Annual administration report of the Civil Veterinary Department of India - 1898-1899
Year: 1898
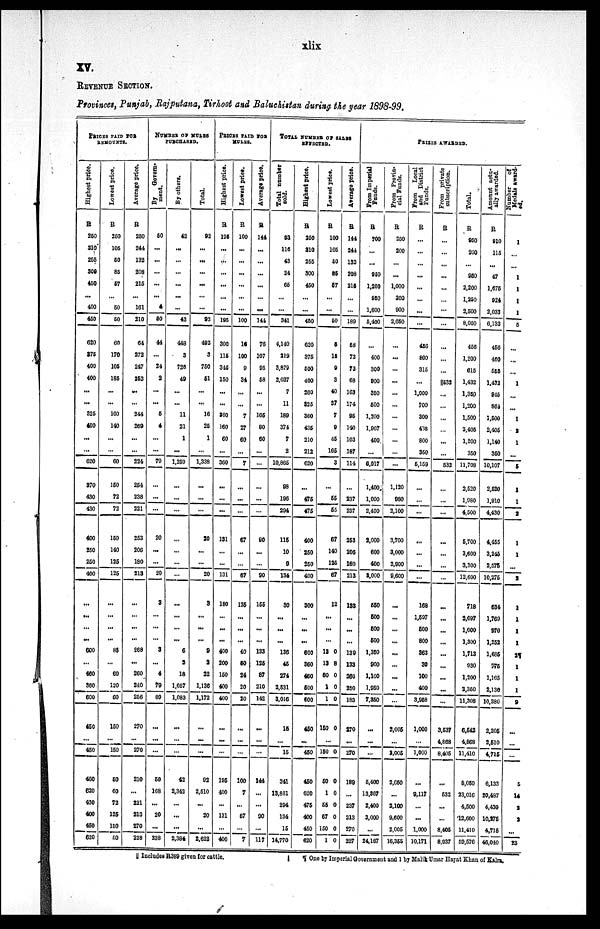
xlix
XV.
REVENUE SECTION.
Provinces, Punjab, Rajputana, Tirhoot and Baluchistan during the year 1898-99.
REMOUNTS.
Highest price.
R
250
310
255
300
450
...
400
450
620
375
400
400
...
...
325
400
...
...
620
370
430
430
400
250
250
400
...
...
...
...
600
...
460
360
600
450
...
450
450
620
430
400
450
620
Lowest price.
R
250
105
50
85
57
...
50
50
60
170
105
185
...
...
160
140
...
...
60
150
72
72
150
140
125
125
...
...
...
...
85
...
60
120
60
150
...
150
50
60
72
125
150
50
Average price.
R
250
244
132
208
215
...
161
210
64
272
247
252
....
...
244
269
...
...
224
254
238
221
253
206
180
213
...
...
...
...
268
...
260
240
256
270
...
270
210
...
221
213
270
228
NUMBER OF MULES
PURCHASED.
By
Govern-
ment.
50
...
...
...
...
...
0
50
44
...
24
2
...
...
5
4
...
...
79
...
...
...
20
...
...
20
3
...
...
...
3
...
4
78
89
...
...
...
50
168
...
20
...
238
By others.
42
...
...
...
...
...
...
42
448
3
726
49
...
...
11
21
1
...
1,259
...
...
...
...
...
...
...
...
...
...
...
6
2
18
1,057
1,083
...
...
...
42
2,342
...
...
...
2,384
Total.
92
...
...
...
...
...
...
92
492
3
750
51
...
...
16
25
1
...
1,338
...
...
...
20
...
...
20
3
...
...
...
9
2
22
1,136
1,172
...
...
...
92
2,510
...
20
...
2,622
PRICES PAID FOR
MULES.
Highest price.
R
195
...
...
...
...
...
...
195
300
115
345
150
...
...
360
160
60
...
360
...
...
...
131
...
...
131
180
...
...
...
400
200
150
400
400
...
...
...
195
400
...
131
...
400
Lowest price.
R
100
...
...
...
...
...
...
100
16
100
9
34
...
...
7
27
60
...
7
...
...
...
67
...
...
67
135
...
...
...
40
50
24
20
20
...
...
...
100
7
...
67
...
7
Average price.
R
144
...
...
...
...
...
...
144
76
107
95
58
...
...
105
80
60
...
...
...
...
...
90
...
...
90
155
...
...
...
133
125
87
210
142
...
...
...
144
...
...
90
...
117
TOTAL NUMBER OF SALES
EFFECTED.
Total number
sold.
93
116
43
24
65
...
...
341
4,140
219
3,879
2,037
7
11
189
374
7
2
10,865
98
196
294
115
10
9
134
30
...
...
...
136
45
274
2,531
3,016
15
...
15
341
13,881
294
134
15
14,770
Highest price.
R
250
310
255
300
450
...
...
450
620
375
500
400
260
325
360
435
210
212
620
...
475
475
400
250
250
400
300
...
...
...
600
360
460
500
600
450
...
450
450
620
475
400
450
620
Lowest price.
R
100
105
50
85
57
...
...
50
5
15
9
3
40
37
7
9
45
165
3
...
55
55
67
140
125
67
12
...
...
...
12 0
13 8
60 0
1 0
1 0
150 0
...
150 0
50 0
1 0
55 0
67 0
150 0
1
0
Average price.
R
144
244
132
208
215
...
...
189
58
73
73
68
163
174
95
140
103
187
114
...
237
237
253
206
180
213
133
...
...
...
139
133
260
250
183
270
...
270
189
...
237
213
270
227
PRIZES AWARDED.
From Imperial
Funds.
R
700
...
...
950
1,200
950
1,600
5,400
...
400
300
900
350
500
1,200
1,967
400
...
6,017
1,400
1,000
2,400
2,000
600
400
3,000
550
500
500
500
1,350
900
1,100
1,950
7,350
...
...
...
5,400
13,367
2,400
3,000
...
24,167
From Provin-
cial Funds.
R
250
200
...
...
1,000
300
900
2,650
...
...
...
...
...
...
...
...
...
...
...
1,120
980
2,100
3,700
3,000
2,900
9,600
...
...
...
...
...
...
...
...
...
2,005
...
3,005
2,650
...
2,100
9,600
2,005
16,355
From
Local
and District
Funds.
R
...
...
...
...
...
...
...
...
456
800
315
...
1,000
700
300
438
800
350
5,159
...
...
...
...
...
...
...
168
1,597
500
800
363
30
100
400
3,958
1,000
...
1,000
...
9,117
...
...
1,000
10,171
From private
subscription.
R
...
...
...
...
...
...
...
...
...
...
...
||532
...
...
...
...
...
...
532
...
...
...
...
...
...
...
...
...
...
...
...
...
...
...
...
3,537
4,868
8,405
...
532
...
...
8,405
8,937
Total.
R
950
200
...
950
2,200
1,250
2,500
8,050
456
1,200
615
1,432
1,350
1,200
1,500
2,405
1,200
350
11,708
2,520
1,980
4,500
5,700
3,600
3,300
12,600
718
2,097
1,000
1,300
1,713
930
1,200
2,350
11,308
6,542
4,868
11,410
8,050
23,016
4,500
12,600
11,410
59,576
Amount actu-
ally awarded.
R
910
115
...
47
1,675
924
2,033
6,133
456
460
555
1,432
945
864
1,500
2,405
1,140
350
10,107
2,520
1,910
4,430
4,455
3,245
2,575
10,275
634
1,769
970
1,252
1,685
775
1,165
2,130
10,380
2,205
2,510
4,715
6,133
20,487
4,430
10,275
4,715
46,040
Number
of
Medals award-
ed.
1
...
...
1
1
1
1
5
...
...
...
1
...
...
1
2
1
...
5
1
1
2
1
1
...
2
1
1
1
1
21
1
1
1
9
...
...
...
5
14
2
2
...
23
|| Includes R389 given for cattle.
| ¶ One by Imperial Government and 1 by Malik Umar Hayat Khan of Kalra.